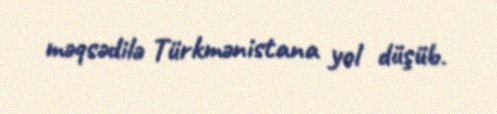
məqsədilə Türkmənistana yol düşüb.